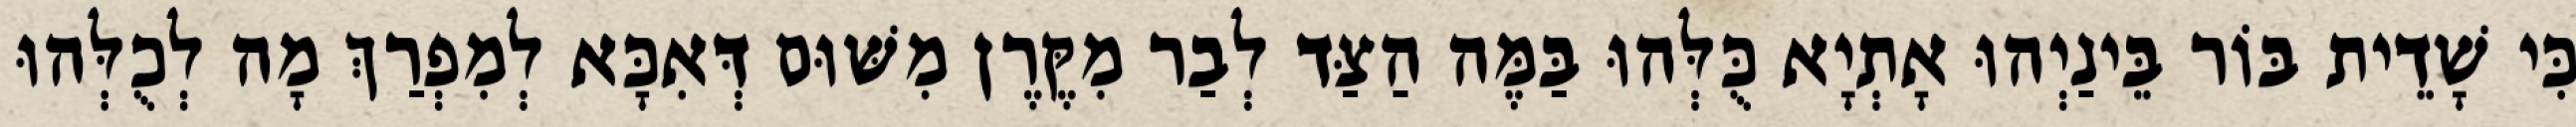
כִּי שָׁדֵית בּוֹר בֵּינַיְהוּ אָתְיָא כֻּלְּהוּ בַּמֶּה הַצַּד לְבַר מִקֶּרֶן מִשּׁוּם דְּאִכָּא לְמִפְרַךְ מָה לְכֻלְּהוּ